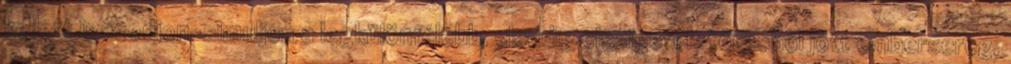
kellett igazodjon-simuljon a legkülönfélébb, eleddig elszigetelt törzsből jött embersereg,